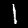
Digit: 1